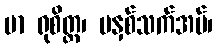
မာ ရုစိတ္ထ၊ မနှစ်သက်အပ်၊